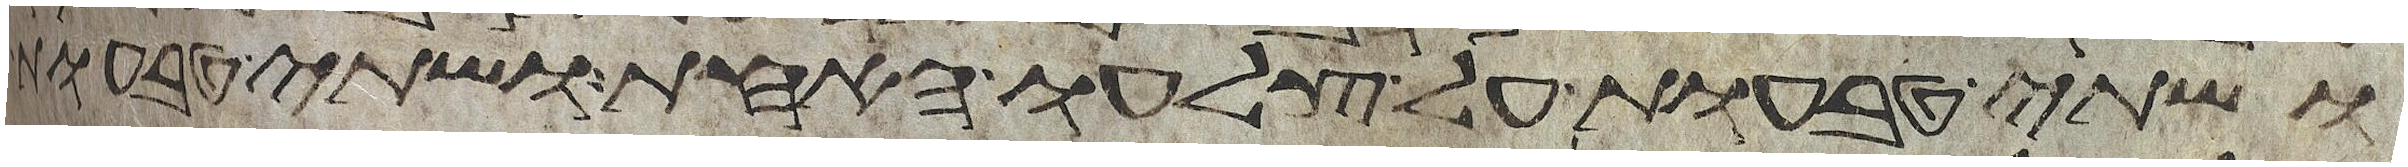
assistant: ושתי טבעות על צלעו האחד ושתי טבעות